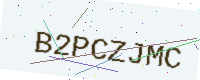
Text: B2PCZJMC